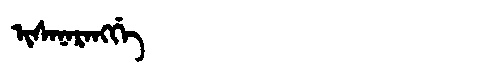
Manchu: ᡳᠰᠠᠨᠠᡵᠠᠩᡤᡝ
Romanization: ISANARANGGE